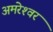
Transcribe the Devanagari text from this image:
अमरेश्‍वर